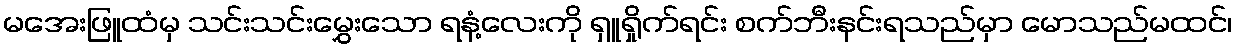
မအေးဖြူထံမှ သင်းသင်းမွှေးသော ရနံ့လေးကို ရှူရှိုက်ရင်း စက်ဘီးနင်းရသည်မှာ မောသည်မထင်၊